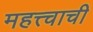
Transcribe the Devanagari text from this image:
महत्त्चाची